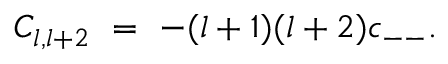
C _ { l , l + 2 } \ = \ - ( l + 1 ) ( l + 2 ) c _ { -- } .